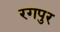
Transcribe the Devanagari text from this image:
रगपुर